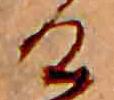
け